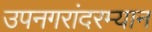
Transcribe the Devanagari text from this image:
उपनगरांदरम्यान